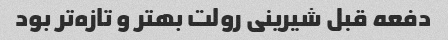
دفعه قبل شیرینی رولت بهتر و تازه‌تر بود